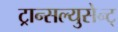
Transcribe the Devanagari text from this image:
ट्रान्सल्युसेन्ट्